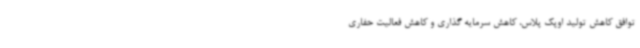
توافق کاهش تولید اوپک پلاس، کاهش سرمایه گذاری و کاهش فعالیت حفاری